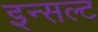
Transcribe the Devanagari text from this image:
इन्सल्ट